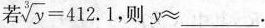
若$$\sqrt [ 3 ] { y } = 4 1 2 . 1$$ 则$$y ≈ ___.